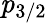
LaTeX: {\mathit{p}}_{3/2}